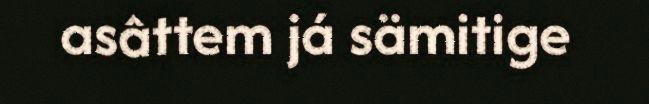
asâttem já sämitige